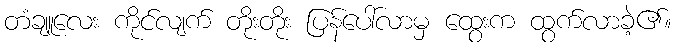
တံချူလေး ကိုင်လျက် တိုးတိုး ပြန်ပေါ်လာမှ ထွေးက ထွက်လာခဲ့၏။